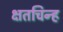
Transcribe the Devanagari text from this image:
क्षतचिन्ह